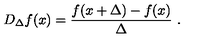
D _ { \Delta } f ( x ) = \frac { f ( x + \Delta ) - f ( x ) } { \Delta } \ .